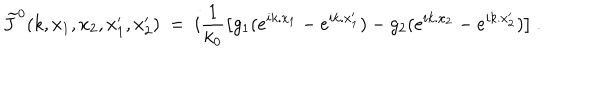
LaTeX: \widetilde J ^ { 0 } ( k , x _ { 1 } , x _ { 2 } , x _ { 1 } ^ { \prime } , x _ { 2 } ^ { \prime } ) \ = \ i \frac { 1 } { k _ { 0 } } \big [ g _ { 1 } ( e ^ { i k . x _ { 1 } } - e ^ { i k . x _ { 1 } ^ { \prime } } ) - g _ { 2 } ( e ^ { i k . x _ { 2 } } - e ^ { i k . x _ { 2 } ^ { \prime } } ) \big ] \ .